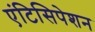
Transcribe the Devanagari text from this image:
एंटिसिपेशन